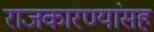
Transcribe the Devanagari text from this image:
राजकारण्यांसह